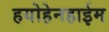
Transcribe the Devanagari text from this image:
हयोहेनहाईम